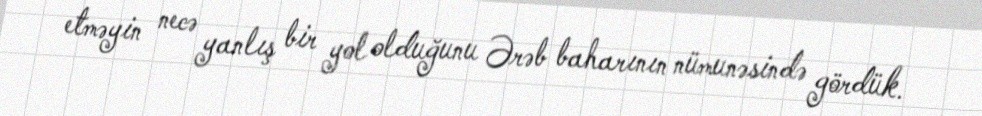
etməyin necə yanlış bir yol olduğunu Ərəb baharının nümunəsində gördük.